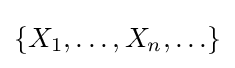
{\textstyle \{X_{1},\ldots ,X_{n},\ldots \}}